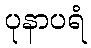
ပုနာပရံ